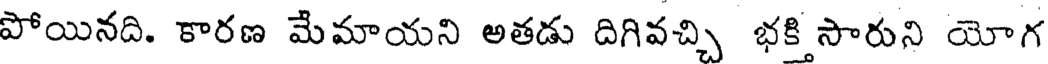
పోయినది. కారణ మేమాయని అతడు దిగివచ్చి భక్తి సారుని యోగ